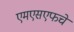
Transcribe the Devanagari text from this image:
एमएसएफचे